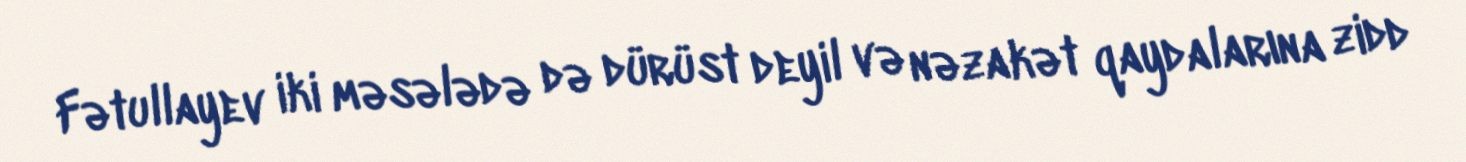
Fətullayev iki məsələdə də dürüst deyil və nəzakət qaydalarına zidd